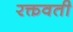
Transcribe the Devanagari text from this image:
रक्तवती